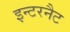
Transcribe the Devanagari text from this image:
इन्टरनैट